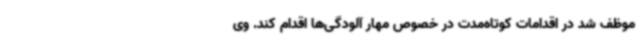
موظف شد در اقدامات کوتاه‌مدت در خصوص مهار آلودگی‌ها اقدام کند. وی